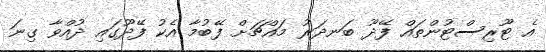
އެ ޓޫރިސްޓުންތައް ފޭދޫ ބަނދަރު މައްޗަށް ފޭބުމާ އެކު ފޭދޫގައި ދުއްވާ ގިނަ